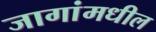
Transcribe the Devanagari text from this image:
जागांमधील